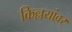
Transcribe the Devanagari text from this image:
किल्लयांवर